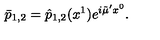
\bar { p } _ { 1 , 2 } = \hat { p } _ { 1 , 2 } ( x ^ { 1 } ) e ^ { i \tilde { \mu } ^ { \prime } x ^ { 0 } } .